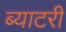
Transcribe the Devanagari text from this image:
ब्याटरी